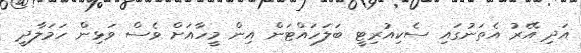
އަދި އޭރު އެތަނުގައި ސެކިއުރިޓީ ބަލަހައްޓަން އިން މީހާއަށް ވެސް ވަޅިން ހަމަލާދީ